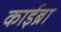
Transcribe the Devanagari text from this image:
काईब्रा